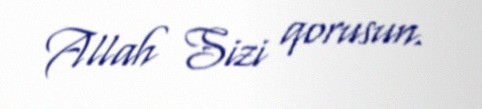
Allah Sizi qorusun.